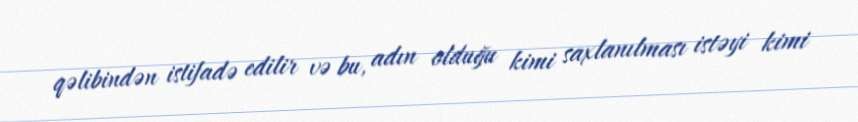
qəlibindən istifadə edilir və bu, adın olduğu kimi saxlanılması istəyi kimi